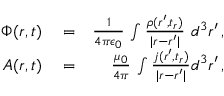
\begin{array} { r l r } { \Phi ( \boldsymbol { r } , t ) } & { { } = } & { \frac { 1 } { 4 \pi \epsilon _ { 0 } } \, \int \frac { \rho ( \boldsymbol { r } ^ { \prime } , t _ { r } ) } { | \boldsymbol { r } - \boldsymbol { r } ^ { \prime } | } \, \, d ^ { 3 } \boldsymbol { r } ^ { \prime } \, , } \\ { \boldsymbol { A } ( \boldsymbol { r } , t ) } & { { } = } & { \frac { \mu _ { 0 } } { 4 \pi } \, \int \frac { \boldsymbol { j } ( \boldsymbol { r } ^ { \prime } , t _ { r } ) } { | \boldsymbol { r } - \boldsymbol { r } ^ { \prime } | } d ^ { 3 } \boldsymbol { r } ^ { \prime } \, , } \end{array}